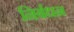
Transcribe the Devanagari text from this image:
निर्बधन